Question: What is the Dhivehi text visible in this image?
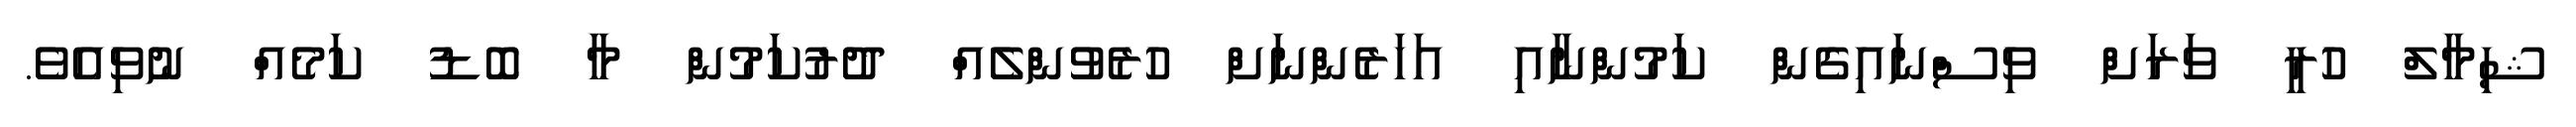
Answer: ޝިމާލް ހުރީ ވަރަށް ވިސްނައިގެން ކަމުންނާއި އަހަރެންނަށް ހުރެވުންލެއް ދުރުކަމުން މާ ބޮޑު ކަމެއް ނުވިއެވެ.